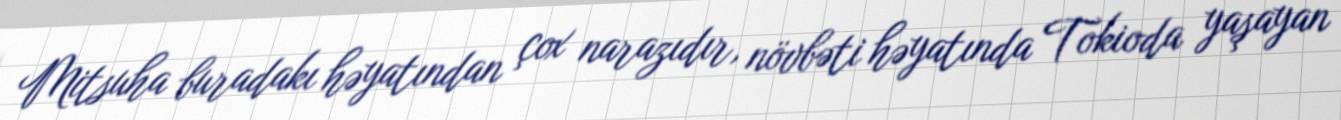
Mitsuha buradakı həyatından çox narazıdır, növbəti həyatında Tokioda yaşayan